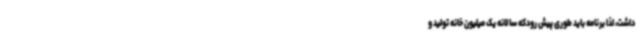
داشت، لذا برنامه باید طوری پیش رودکه سالانه یک میلیون خانه تولید و